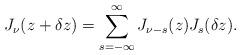
LaTeX: \begin{align*} J_{\nu}(z + \delta z) = \sum_{s=-\infty}^\infty J_{\nu-s}(z)J_{s}(\delta z).\end{align*}